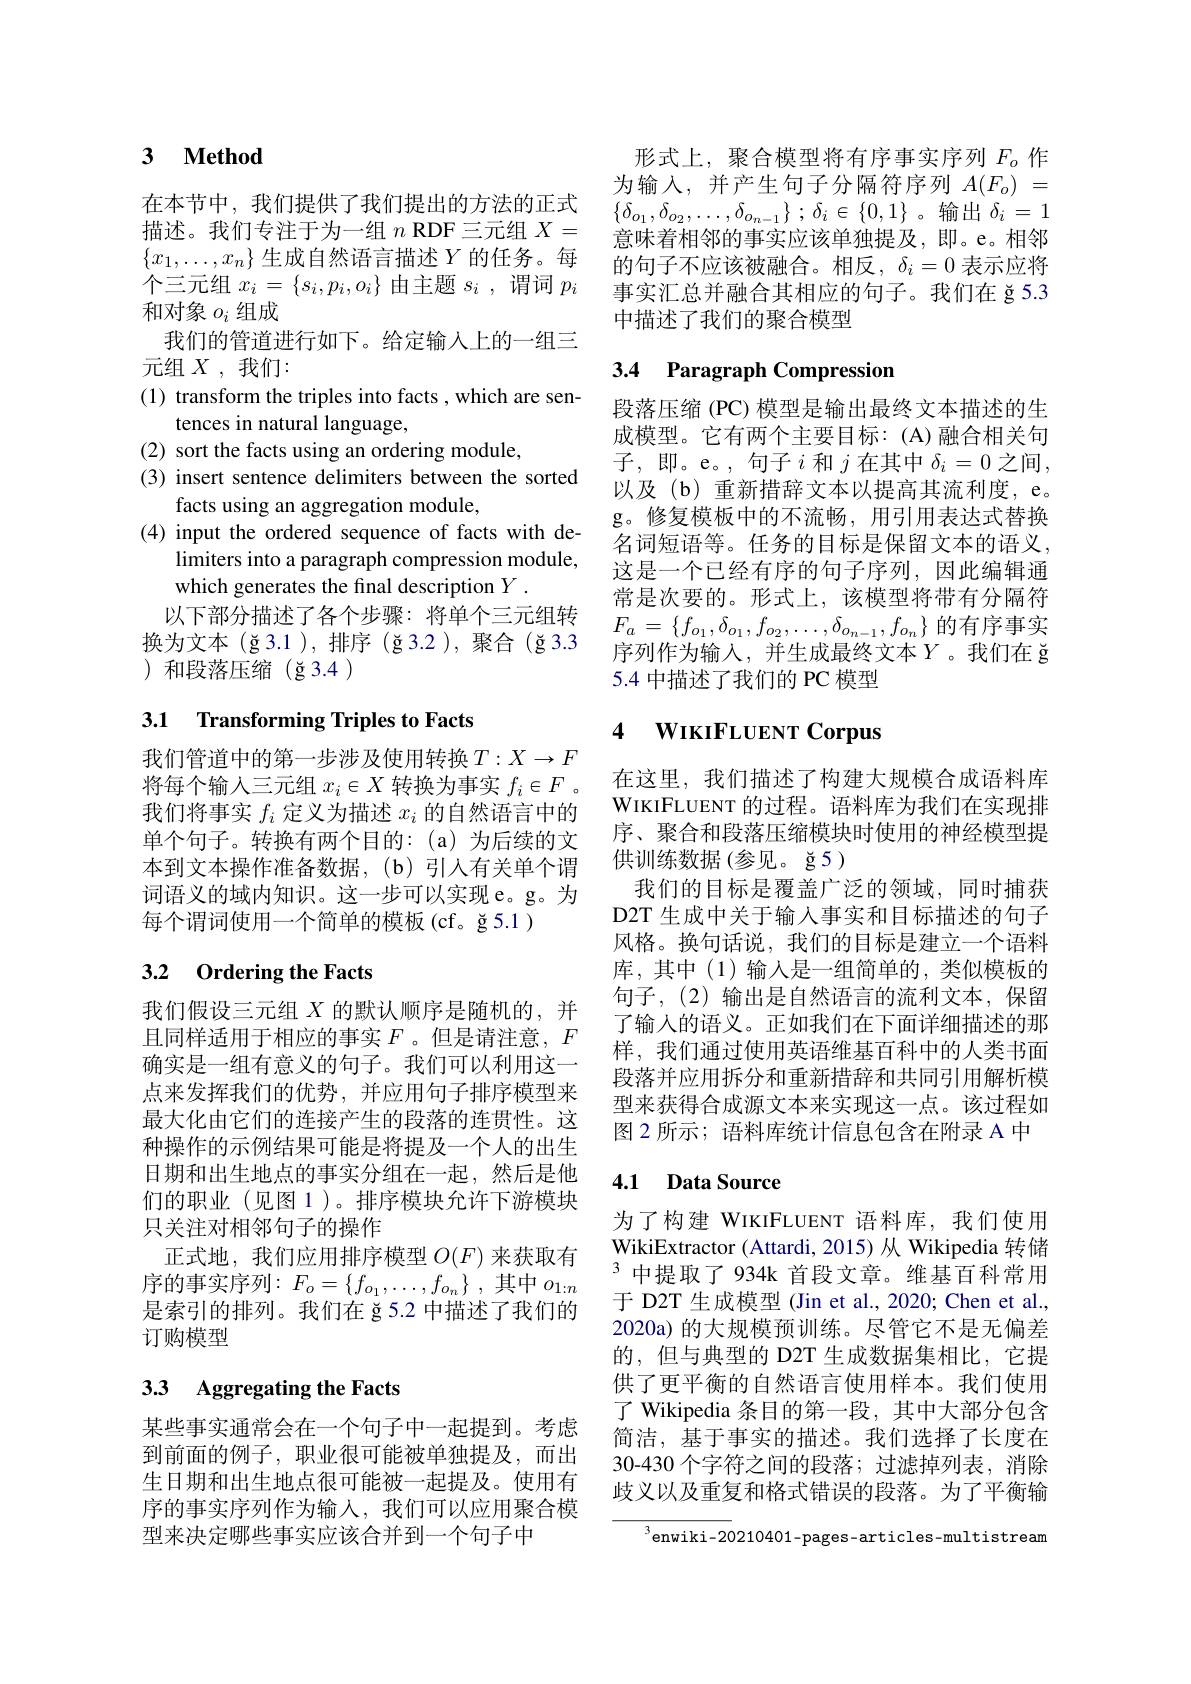
### 3 $\textbf{Method}$

在本节中，我们提供了我们提出的方法的正式$\{x_1,\ldots,x_n\}$生成自然语言描述$Y$的任务。每个三元组$x_i=\{s_i,p_i,o_i\}$由主题$s_i$,谓词$p_i$ 和对象$o_i$组成
我们的管道进行如下。给定输入上的一组三
元组 $X$, 我们：
(1) transform the triples into facts, which are sen-
tences in natural language,
(2) sort the facts using an ordering module,
(3) insert sentence delimiters between the sorted
facts using an aggregation module,
(4) input the ordered sequence of facts with de-
limiters into a paragraph compression module,
which generates the final description $Y.$
以下部分描述了各个步骤：将单个三元组转换为文本(ğ3.1),排序(ğ3.2),聚合(ğ3.3 )和段落压缩(ğ3.4)

## 3.1 Transforming Triples to Facts

我们管道中的第一步涉及使用转换$T:X\to F$ 将每个输入三元组$x_i\in X$转换为事实$f_i\in F$ 。我们将事实$f_i$定义为描述$x_i$的自然语言中的单个句子。转换有两个目的：(a)为后续的文本到文本操作准备数据，(b)引入有关单个谓词语义的域内知识。这一步可以实现 e。g。为每个谓词使用一个简单的模板(cf。ğ5.1)

## 3.2 Ordering the Facts

我们假设三元组$X$的默认顺序是随机的，并且同样适用于相应的事实$F$ 。但是请注意，$F$ 确实是一组有意义的句子。我们可以利用这一点来发挥我们的优势，并应用句子排序模型来最大化由它们的连接产生的段落的连贯性。这种操作的示例结果可能是将提及一个人的出生日期和出生地点的事实分组在一起，然后是他们的职业(见图 1)。排序模块允许下游模块只关注对相邻句子的操作
正式地，我们应用排序模型$O(F)$来获取有序的事实序列$:F_o=\{f_{o_1},\ldots,f_{o_n}\}$,其中$o_1:n$ 是索引的排列。我们在 ğ 5.2 中描述了我们的订购模型

## 33 Aggregating the Facts

某些事实通常会在一个句子中一起提到。考虑到前面的例子，职业很可能被单独提及，而出生日期和出生地点很可能被一起提及。使用有序的事实序列作为输入，我们可以应用聚合模型来决定哪些事实应该合并到一个句子中

形式上，聚合模型将有序事实序列$F_o$ 作为输入，并产生句子分隔符序列$A(F_o)=$ $\{ \delta _{o_1}, \delta _{o_2}, \ldots , \delta _{o_{n- 1}}\}$ ; $\delta _i\in \{ 0, 1\}$。输出$\delta_i=1$
描述。我们专注于为一组 $n$ RDF三元组 $X=$ 意味着相邻的事实应该单独提及，即。e。相邻
的句子不应该被融合。相反$,\delta_i=0$表示应将事实汇总并融合其相应的句子。我们在 ğ5.3中描述了我们的聚合模型

## 3.4 Paragraph Compression

段落压缩(PC) 模型是输出最终文本描述的生成模型。它有两个主要目标：(A)融合相关句子，即。e。,句子$i$ 和$j$ 在其中$\delta_i=0$之间， 以及(b)重新措辞文本以提高其流利度，e。g。修复模板中的不流畅，用引用表达式替换名词短语等。任务的目标是保留文本的语义， 这是一个已经有序的句子序列，因此编辑通常是次要的。形式上，该模型将带有分隔符$F_a=\{f_{o_1},\delta_{o_1},f_{o_2},\ldots,\delta_{o_{n-1}},f_{o_n}\}$的有序事实序列作为输入，并生成最终文本$Y$。我们在 ğ 5.4 中描述了我们的 PC 模型

## 4 WIKIFLUENT Corpus

在这里，我们描述了构建大规模合成语料库WIKIFLUENT 的过程。语料库为我们在实现排序、聚合和段落压缩模块时使用的神经模型提供训练数据(参见。ğ5)
我们的目标是覆盖广泛的领域，同时捕获D2T 生成中关于输入事实和目标描述的句子风格。换句话说，我们的目标是建立一个语料库，其中(1)输入是一组简单的，类似模板的句子，(2)输出是自然语言的流利文本，保留了输入的语义。正如我们在下面详细描述的那样，我们通过使用英语维基百科中的人类书面段落并应用拆分和重新措辞和共同引用解析模型来获得合成源文本来实现这一点。该过程如图 2 所示；语料库统计信息包含在附录 A 中

## 4.1 Data Source

为了构建 WIKIFLUENT 语料库，我们使用WikiExtractor (Attardi, 2015) 从 Wikipedia 转储$^3$中提取了934k 首段文章。维基百科常用于 D2T 生成模型 (Jin et al., 2020; Chen et al., 2020a) 的大规模预训练。尽管它不是无偏差的，但与典型的 D2T 生成数据集相比，它提供了更平衡的自然语言使用样本。我们使用了 Wikipedia 条目的第一段，其中大部分包含简洁，基于事实的描述。我们选择了长度在30-430 个字符之间的段落；过滤掉列表，消除歧义以及重复和格式错误的段落。为了平衡输

${^{3}\text{enwiki-20210401-pages-articles-multistream}}$